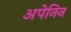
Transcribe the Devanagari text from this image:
अपेनिन